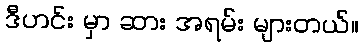
ဒီဟင်း မှာ ဆား အရမ်း များတယ်။